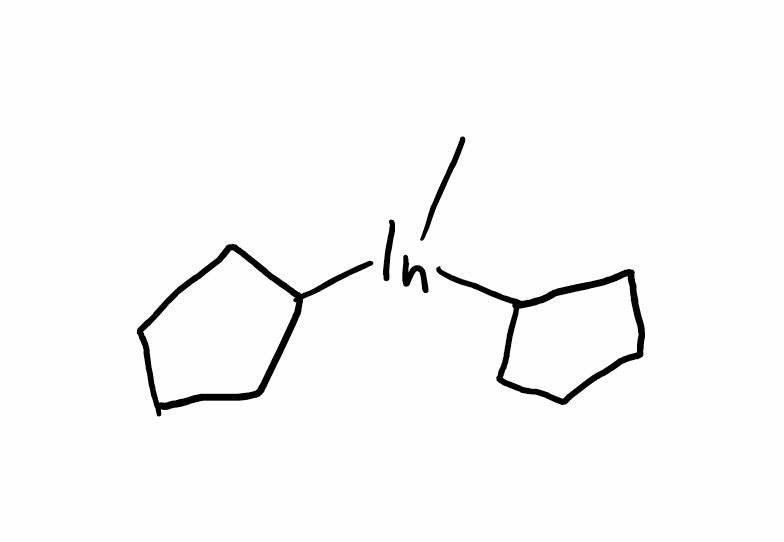
Simplified molecular-input line-entry system (SMILES) notation of the given molecule:
C[In](C1CCCC1)C2CCCC2